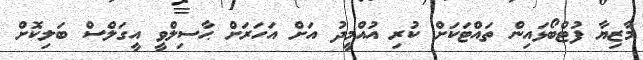
މާޒިޔާ ފުޓްބޯޅައިން ތައްޓަކަށް ކުރި އުއްމީދު އަށް އަހަރަށް ޙާސިލްވީ އީގަލްސް ބަލިކޮށް